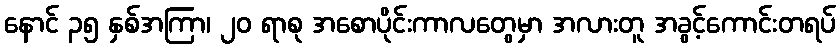
နောင် ၃၅ နှစ်အကြာ၊ ၂၀ ရာစု အစောပိုင်းကာလတွေမှာ အလားတူ အခွင့်ကောင်းတရပ်